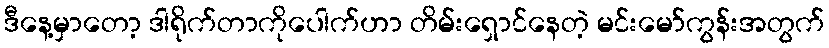
ဒီနေ့မှာတော့ ဒါရိုက်တာကိုပေါက်ဟာ တိမ်းရှောင်နေတဲ့ မင်းမော်ကွန်းအတွက်